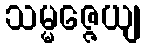
သမ္မဇ္ဇေယျ